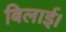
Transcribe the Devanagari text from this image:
बिलाई।